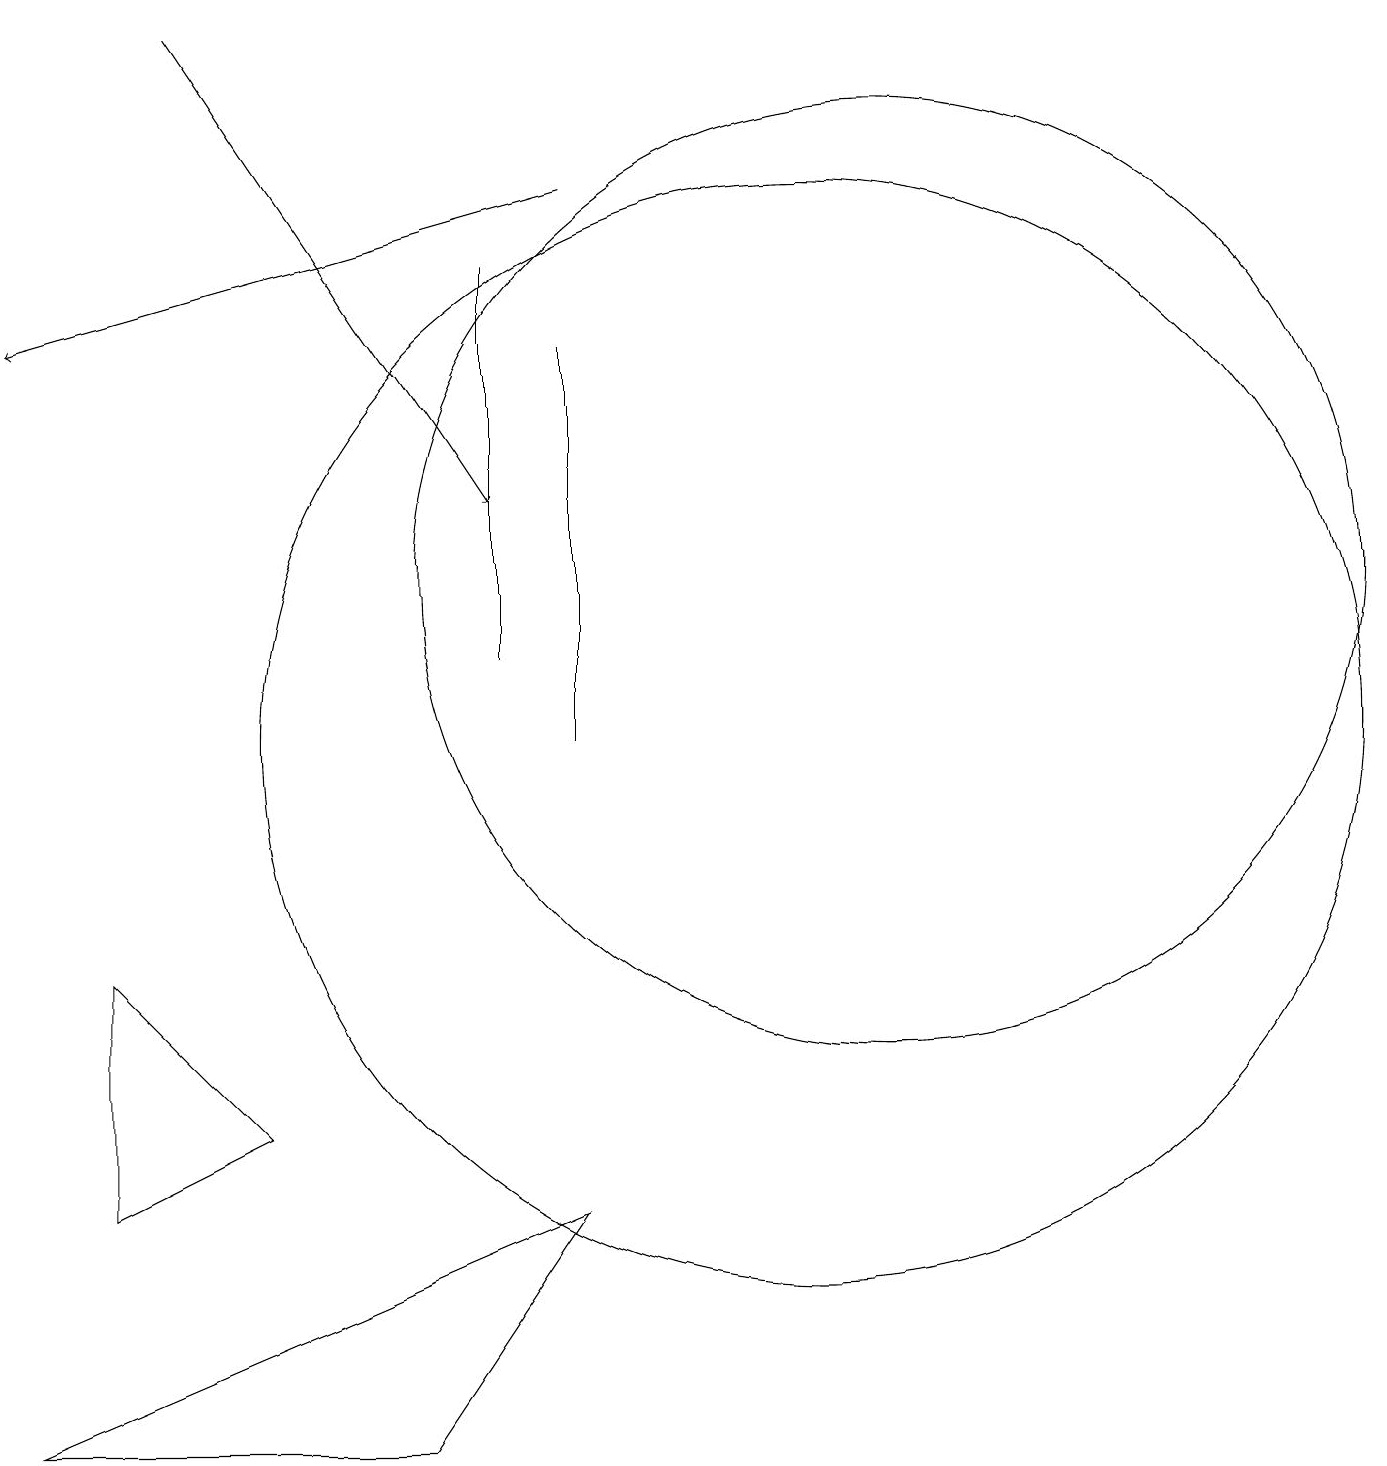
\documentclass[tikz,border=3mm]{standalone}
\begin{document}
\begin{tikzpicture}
\draw[->] (7,17) -- (0,15);
\draw[->] (2,19) -- (6,13);
\draw (7,15) rectangle (7,10);
\draw (11,12) circle (6);
\draw (3,5) -- (1,4) -- (1,7) -- cycle;
\draw (6,16) rectangle (6,11);
\draw (10,10) circle (7);
\draw (5,1) -- (7,4) -- (0,1) -- cycle;
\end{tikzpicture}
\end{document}